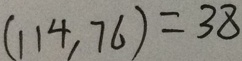
( 1 1 4 , 7 6 ) = 3 8